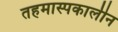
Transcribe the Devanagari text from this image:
तहमास्पकालीन